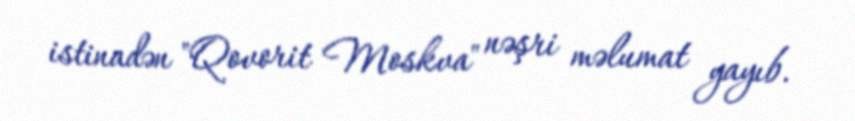
istinadən "Qovorit Moskva" nəşri məlumat yayıb.